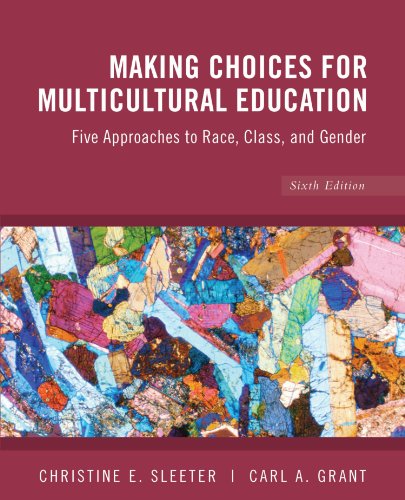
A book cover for Making Choices for Multicultural Education: Five Approaches to Race, Class and Gender; Christine E. Sleeter; Politics & Social Sciences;